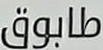
طابوق